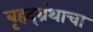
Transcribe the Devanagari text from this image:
बृहद्‌ग्रंथाचा